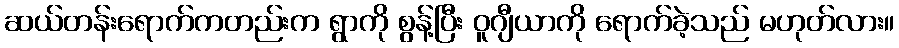
ဆယ်တန်းရောက်ကတည်းက ရွာကို စွန့်ပြီး ဝူဂျီယာကို ရောက်ခဲ့သည် မဟုတ်လား။